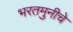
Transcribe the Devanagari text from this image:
भरतमुनीचे